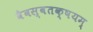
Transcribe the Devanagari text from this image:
वैवस्वतक्षयम्